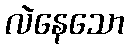
လဲနေသော